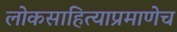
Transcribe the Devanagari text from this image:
लोकसाहित्याप्रमाणेच